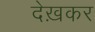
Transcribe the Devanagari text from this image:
देख़कर